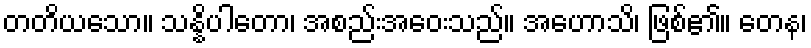
တတိယသော။ သန္နိပါတော၊ အစည်းအဝေးသည်။ အဟောသိ၊ ဖြစ်၏။ တေန၊